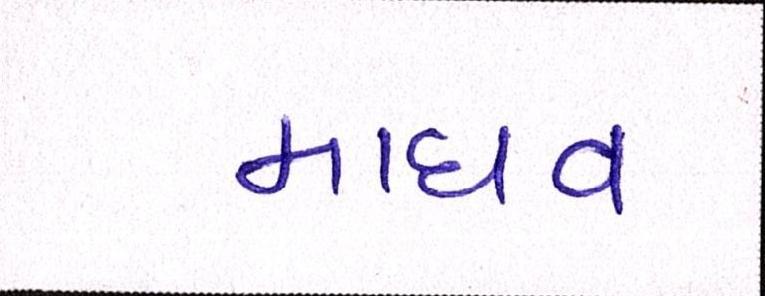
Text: માધવ